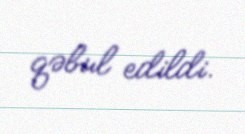
qəbul edildi.